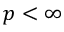
p < \infty